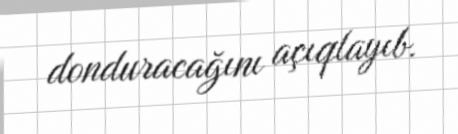
donduracağını açıqlayıb.